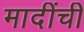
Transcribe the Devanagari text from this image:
मादींची